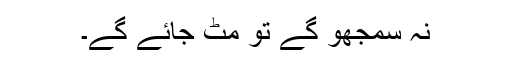
نہ سمجھو گے تو مٹ جائے گے۔